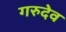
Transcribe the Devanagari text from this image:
गरुदेव